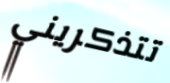
تتذكريني